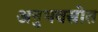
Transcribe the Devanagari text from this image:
अनुभवस्रोत